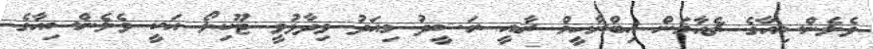
ވެލެންސިއާގެ ޗެއާމަން އިބްރާހީމް ރާއީ ރަޝީދު މިއަދު ވިދާޅުވީ ޓޫކިލޯ އަކީ ވެލެންސިއާގެ